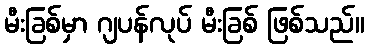
မီးခြစ်မှာ ဂျပန်လုပ် မီးခြစ် ဖြစ်သည်။